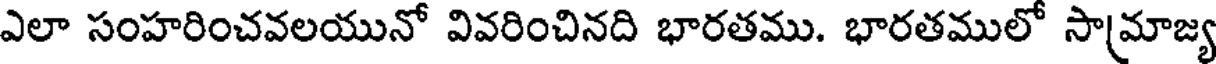
ఎలా సంహరించవలయునో వివరించినది భారతము. భారతములో సామాజ్య